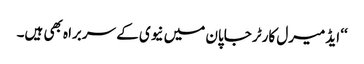
‘‘ ایڈمیرل کارٹر جاپان میں نیوی کے سربراہ بھی ہیں۔